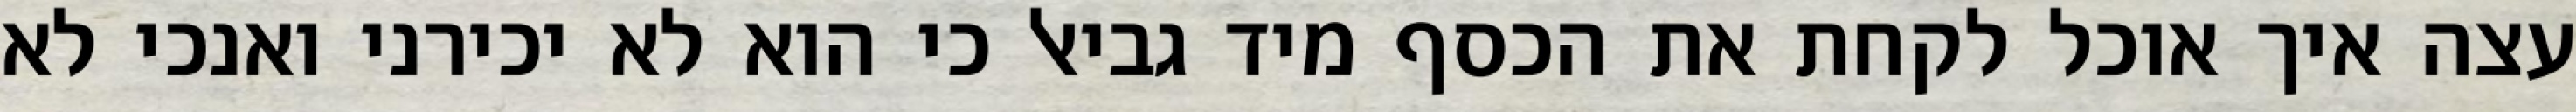
עצה איך אוכל לקחת את הכסף מיד גביאל כי הוא לא יכירני ואנכי לא